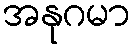
အနုဂမာ